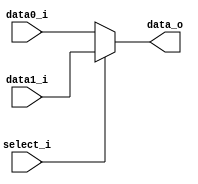
//Subject:     CO project 2 - MUX 221
//--------------------------------------------------------------------------------
//Version:     1
//--------------------------------------------------------------------------------
//Writer:      110550029
//----------------------------------------------
//Date:        
//----------------------------------------------
//Description: 
//--------------------------------------------------------------------------------
`timescale 1ns/1ps
module MUX_2to1(
               data0_i,
               data1_i,
               select_i,
               data_o
               );

parameter size = 0;			   
			
//I/O ports               
input   [size-1:0] data0_i;          
input   [size-1:0] data1_i;
input              select_i;
output  [size-1:0] data_o; 

//Internal Signals
reg     [size-1:0] data_o;

//Main function
always @(data0_i, data1_i, select_i) begin
	if(select_i) data_o<=data1_i;
	else data_o<=data0_i;
end

endmodule